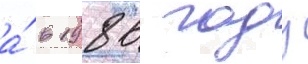
а́ в 1986 году